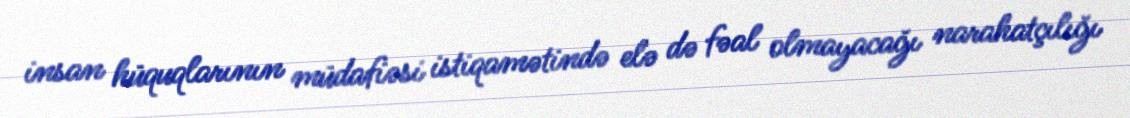
insan hüquqlarının müdafiəsi istiqamətində elə də fəal olmayacağı narahatçılığı